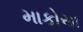
માકોસા